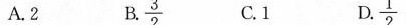
A.2 B3 $$\frac{3}{2}$$ $$\frac{1}{2}$$